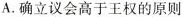
A.确立议会高于王权的原则